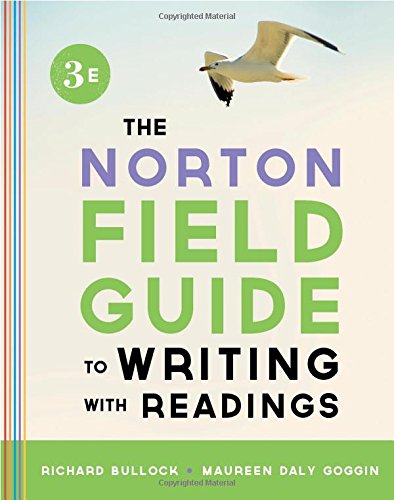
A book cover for The Norton Field Guide to Writing, with Readings (Third Edition); Richard Bullock; Reference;